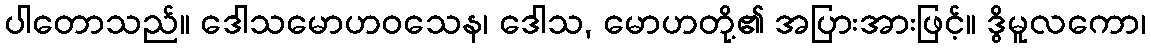
ပါတောသည်။ ဒေါသမောဟဝသေန၊ ဒေါသ, မောဟတို့၏ အပြားအားဖြင့်။ ဒွိမူလကော၊